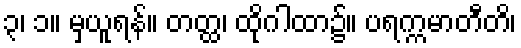
၃၊ ၁။ မှယူရန်။ တတ္ထ၊ ထိုဂါထာ၌။ ပရက္ကမာတီတိ၊